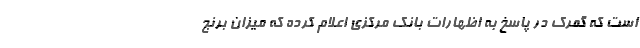
است که گمرک در پاسخ به اظهارات بانک مرکزی اعلام کرده که میزان برنج